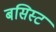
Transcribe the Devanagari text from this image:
बसिस्ट